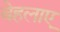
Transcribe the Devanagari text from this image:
बेहलाए